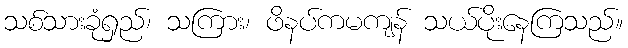
သစ်သားခုံရှည်၊ သကြား၊ ဖိနပ်ကမကျန် သယ်ပိုးနေကြသည်။